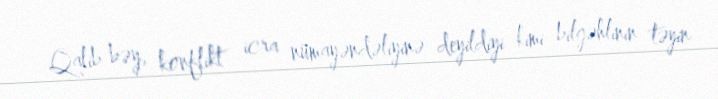
- Qalib bəy, konflikt icra nümayəndəliyinə deyildiyi kimi bilgəhlinin təyin